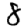
Digit: 8